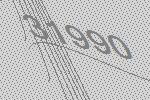
31990